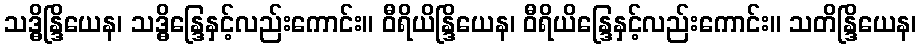
သဒ္ဓိန္ဒြိယေန၊ သဒ္ဓိန္ဒြေနှင့်လည်းကောင်း။ ဝီရိယိန္ဒြိယေန၊ ဝီရိယိန္ဒြေနှင့်လည်းကောင်း။ သတိန္ဒြိယေန၊